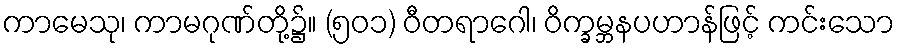
ကာမေသု၊ ကာမဂုဏ်တို့၌။ (၅၀၁) ဝီတရာဂေါ၊ ဝိက္ခမ္ဘနပဟာန်ဖြင့် ကင်းသော